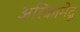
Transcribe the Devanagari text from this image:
अरिकामेदू